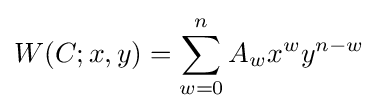
W(C;x,y)=\sum _{w=0}^{n}A_{w}x^{w}y^{n-w}